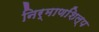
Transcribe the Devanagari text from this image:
निर्माणशिल्प